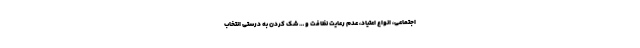
اجتماعی، انواع اعتیاد، عدم رعایت نظافت و … شک کردن به درستی انتخاب